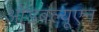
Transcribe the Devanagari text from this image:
ओडबल्यूएन